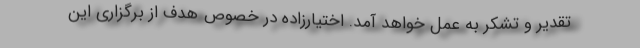
تقدیر و تشکر به عمل خواهد آمد. اختیارزاده در خصوص هدف از برگزاری این